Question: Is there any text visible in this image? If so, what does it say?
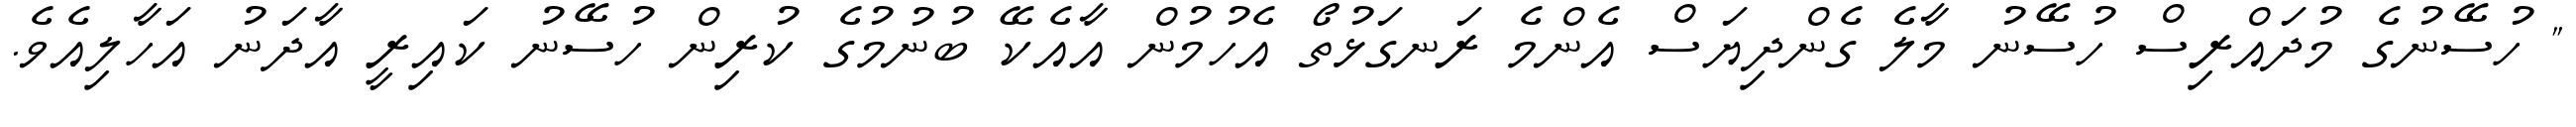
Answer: " ހުސޭނުގެ މުދައްރިސް ހުސޭނު މާލެ ގެންދިޔަސް އެންމެ ރަނގަޅުތޯ އެހުމުން އާއެކޭ ބުނުމުގެ ކުރިން ހުސޭނު ކައިރީ އާދަނު އަހާލިއެވެ.